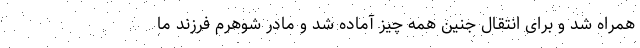
همراه شد و برای انتقال جنین همه چیز آماده شد و مادر شوهرم فرزند ما